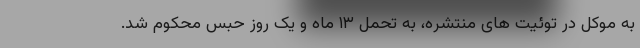
به موکل در توئیت های منتشره، به تحمل ۱۳ ماه و یک روز حبس محکوم شد.